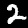
Label: 2